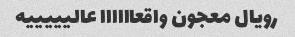
رویال معجون واقعاااااا عالیییییه